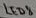
Text: LED8